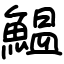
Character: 鰛